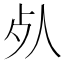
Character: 𣦸